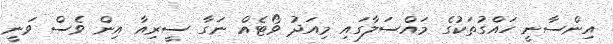
އިންސާނީ ހައްގުތަކުގެ މައްސަލާގައި މިއަދު ވޯޓެއް ނަގާ ސީރިއާ އިން ވެސް ވަނީ